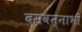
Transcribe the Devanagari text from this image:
बसवन्नाभी